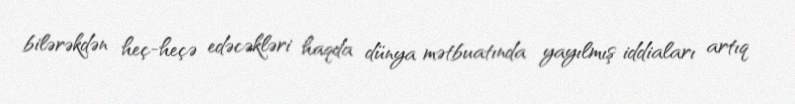
bilərəkdən heç-heçə edəcəkləri haqda dünya mətbuatında yayılmış iddiaları artıq